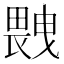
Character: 𤲼